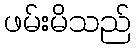
ဖမ်းမိသည်